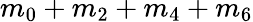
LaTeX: m_{0}+m_{2}+m_{4}+m_{6}